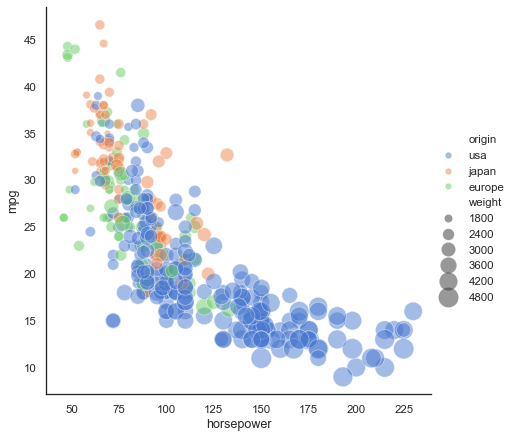
python, seaborn, relplot